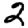
Digit: 2